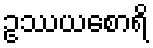
ဥဿယစောရိ